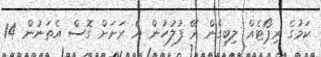
ކަމުގެ ރިޕޯޓެއް ލިބިގެން ރޭ ފުލުހުން އެ ރަށަށް ގޮސް އެތަނުން 14